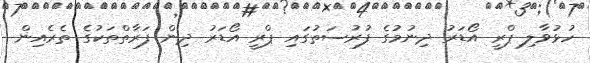
ހުޅުވާލި ޕްރީ އޯޑަރު ދިނުމުގެ ފުރުސަތުގައި ޕްރީ އޯޑަރު ދިން ފަރާތްތަކުގެ ތެރެއިން